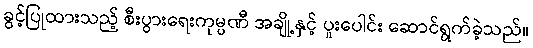
ခွင့်ပြုထားသည့် စီးပွားရေးကုမ္ပဏီ အချို့နှင့် ပူးပေါင်း ဆောင်ရွက်ခဲ့သည်။